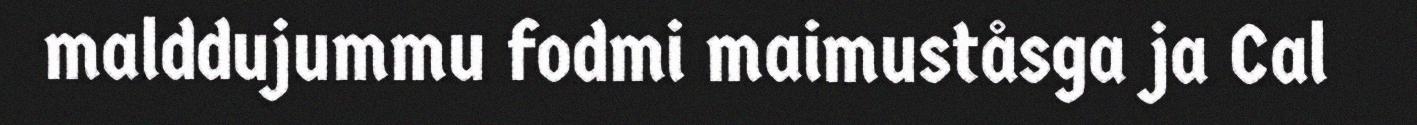
malddujummu fodmi maimuståsga ja Cal